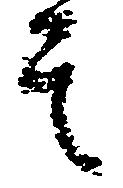
其